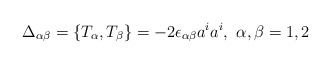
\begin{align*}\Delta_{\alpha \beta} = \{T_\alpha,T_\beta\} = -2 \epsilon_{\alpha \beta}a^ia^i, \,\, \alpha,\beta = 1,2\end{align*}